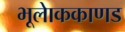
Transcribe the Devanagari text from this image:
भूलाेककाणड